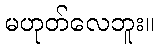
မဟုတ်လေဘူး။